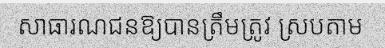
សាធារណជនឱ្យបានត្រឹមត្រូវ ស្របតាម